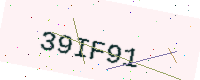
Text: 39IF91